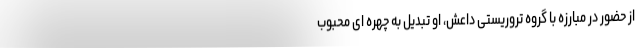
از حضور در مبارزه با گروه تروریستی داعش، او تبدیل به چهره ای محبوب